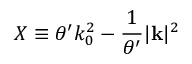
X \equiv \theta ^ { \prime } k _ { 0 } ^ { 2 } - \frac { 1 } { \theta ^ { \prime } } | \mathbf { k } | ^ { 2 }